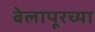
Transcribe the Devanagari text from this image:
बेलापूरच्या